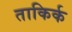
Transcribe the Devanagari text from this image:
ताकिर्क